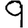
Digit: 9